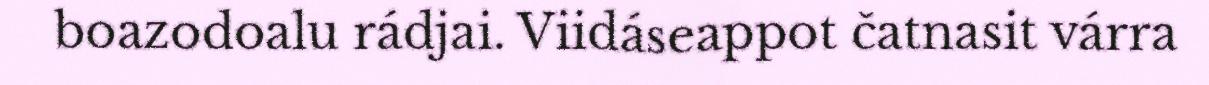
boazodoalu rádjai. Viidáseappot čatnasit várra